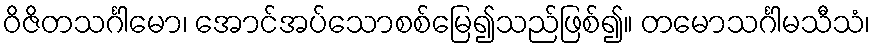
ဝိဇိတသင်္ဂါမော၊ အောင်အပ်သောစစ်မြေ၍သည်ဖြစ်၍။ တမောသင်္ဂါမသီသံ၊